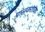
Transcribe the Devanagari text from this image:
पालकशाळा